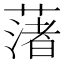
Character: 𦼥